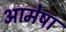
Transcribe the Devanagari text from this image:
आमेषा